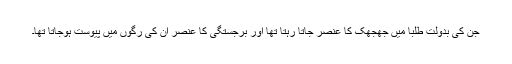
جن کی بدولت طلبا میں جھجھک کا عنصر جاتا رہتا تھا اور برجستگی کا عنصر ان کی رگوں میں پیوست ہوجاتا تھا۔